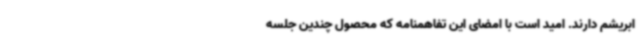
ابریشم دارند. امید است با امضای این تفاهمنامه که محصول چندین جلسه